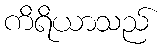
ကိရိယာသည်